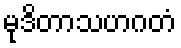
မုဒိတာသဟဂတံ